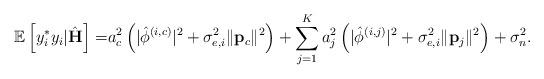
LaTeX: \begin{align*} \mathbb{E}\left[ y_i^* y_i|\hat{\mathbf{H}}\right]=&a_c^2\left(\lvert\hat{\phi}^{\left(i,c\right)}\rvert^2+\sigma_{e,i}^2\lVert\mathbf{p}_c\rVert^2\right)+\sum_{j=1}^{K}a_j^2\left(\lvert\hat{\phi}^{\left(i,j\right)}\rvert^2+\sigma_{e,i}^2\lVert\mathbf{p}_j\rVert^2\right)+\sigma_n^2.\end{align*}